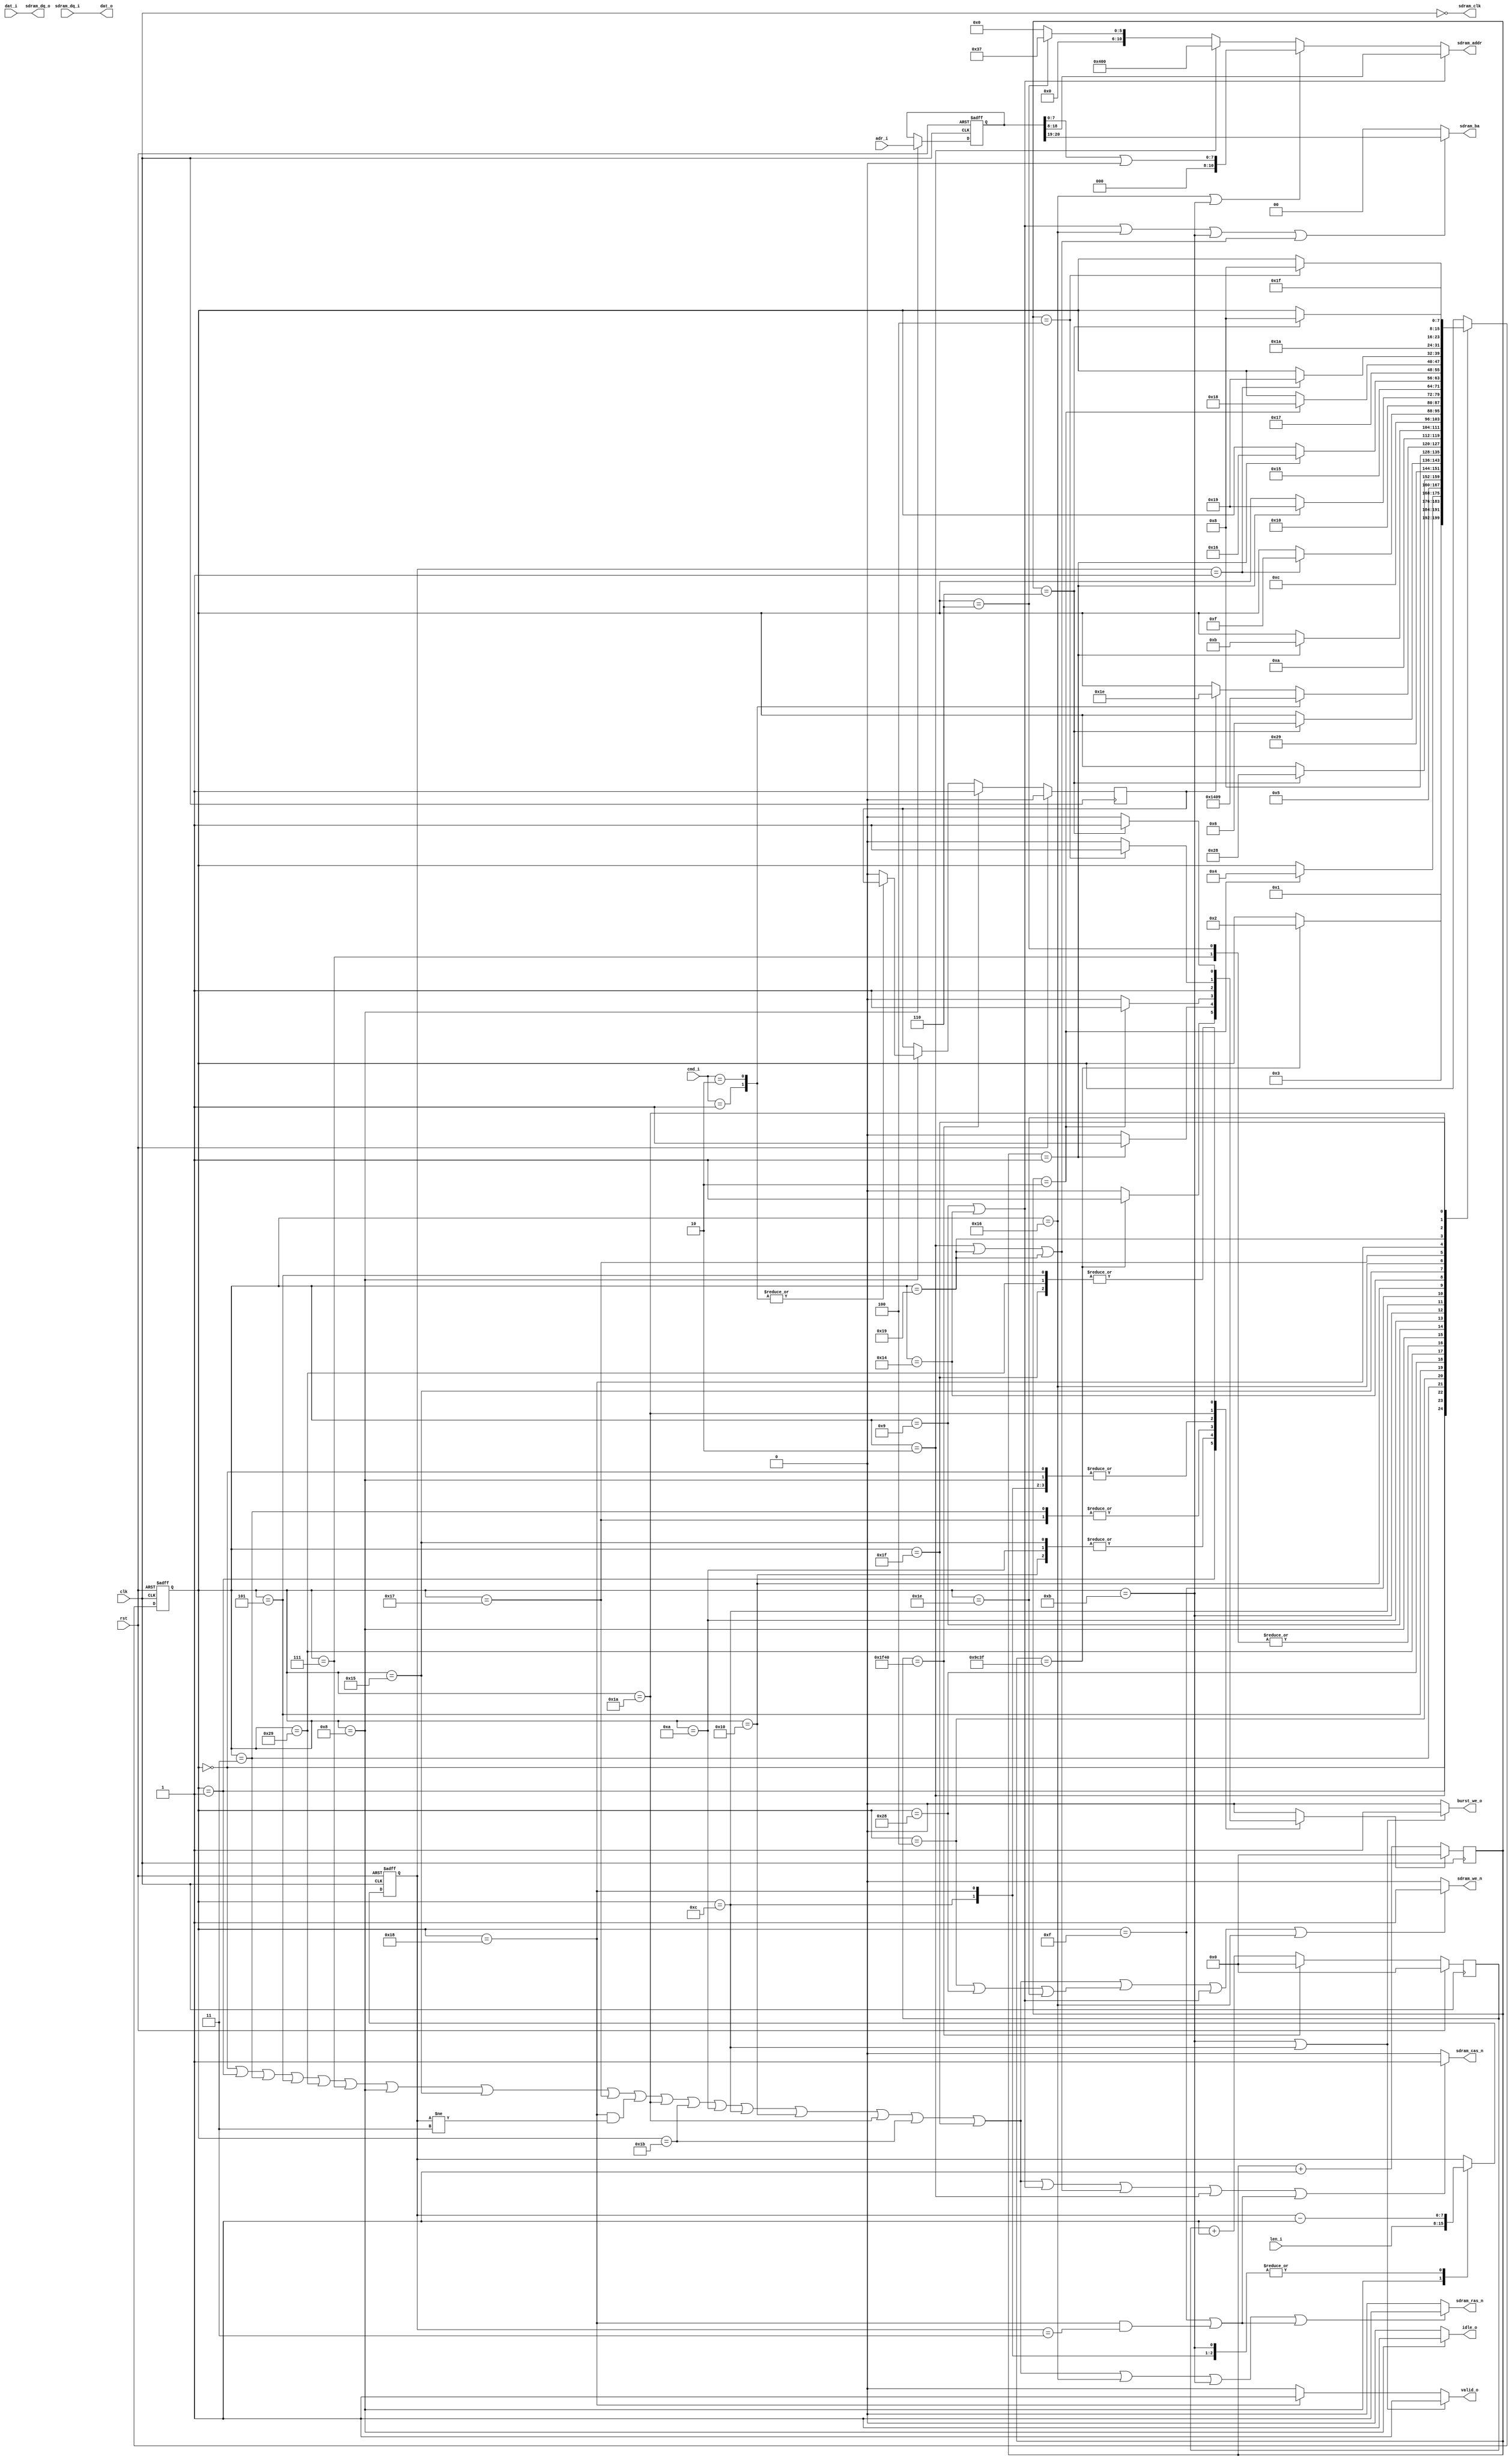
/*
 * sdram_burst.v
 *
 * vim: ts=4 sw=4
 *
 * Copyright (C) 2020  Chris Conradie <zl2cco@gmail.com>
 * All rights reserved.
 *
 * BSD 3-clause, see LICENSE.bsd
 *
 * Redistribution and use in source and binary forms, with or without
 * modification, are permitted provided that the following conditions are met:
 *     * Redistributions of source code must retain the above copyright
 *       notice, this list of conditions and the following disclaimer.
 *     * Redistributions in binary form must reproduce the above copyright
 *       notice, this list of conditions and the following disclaimer in the
 *       documentation and/or other materials provided with the distribution.
 *     * Neither the name of the <organization> nor the
 *       names of its contributors may be used to endorse or promote products
 *       derived from this software without specific prior written permission.
 *
 * THIS SOFTWARE IS PROVIDED BY THE COPYRIGHT HOLDERS AND CONTRIBUTORS "AS IS" AND
 * ANY EXPRESS OR IMPLIED WARRANTIES, INCLUDING, BUT NOT LIMITED TO, THE IMPLIED
 * WARRANTIES OF MERCHANTABILITY AND FITNESS FOR A PARTICULAR PURPOSE ARE
 * DISCLAIMED. IN NO EVENT SHALL <COPYRIGHT HOLDER> BE LIABLE FOR ANY
 * DIRECT, INDIRECT, INCIDENTAL, SPECIAL, EXEMPLARY, OR CONSEQUENTIAL DAMAGES
 * (INCLUDING, BUT NOT LIMITED TO, PROCUREMENT OF SUBSTITUTE GOODS OR SERVICES;
 * LOSS OF USE, DATA, OR PROFITS; OR BUSINESS INTERRUPTION) HOWEVER CAUSED AND
 * ON ANY THEORY OF LIABILITY, WHETHER IN CONTRACT, STRICT LIABILITY, OR TORT
 * (INCLUDING NEGLIGENCE OR OTHERWISE) ARISING IN ANY WAY OUT OF THE USE OF THIS
 * SOFTWARE, EVEN IF ADVISED OF THE POSSIBILITY OF SUCH DAMAGE.
 */

`default_nettype none

module sdram_burst #(
	parameter integer ADDR_WIDTH = 21,	/* Word address, 2 Mwords, [20:19] - bank address, [18:8] - row address, [7:0] - column address */
	parameter integer DATA_WIDTH = 32,
	parameter integer BLEN_WIDTH = 8,	// Burst length (number of words, 32-bits) to read or write
	parameter integer CMD_WIDTH  = 2,   // Commands are 0 - do nothing, 
										//				1 - burst read 240 (480 16-bits half words) columns from row address, 
										//				2 - burst write 240 (480 16-bits half words) columns to row address

	// auto
	parameter integer AL = ADDR_WIDTH - 1,
	parameter integer DL = DATA_WIDTH - 1,
	parameter integer BL = BLEN_WIDTH - 1,
	parameter integer CL = CMD_WIDTH  - 1
)(
	// Buffer interface - to load line buffer for display; to update row in frame buffer (SDRAM memory block) from the write buffer
	input  wire [CL:0] cmd_i,

	input  wire [AL:0] adr_i,			// Word address, 2 Mwords, [20:19] - bank address, [18:8] - row address, [7:0] - column address
	input  wire [BL:0] len_i,			// Number of words to load during burst
	input  wire [DL:0] dat_i,
	output wire [DL:0] dat_o,

	output wire        idle_o,			// Indicates SDRAM controller is in idle state when 1'b1
	output wire        valid_o,			// Indicates data is valid on dat_o; or dat_i. valid_o goes 1'b1 when first dat_i data is read (or first dat_o data is available)
										// and stays valid until len_i words have been processed
	output wire 	   burst_we_o,

	// SDRAM signals
	input  wire [DL:0] sdram_dq_i,
	output wire [DL:0] sdram_dq_o,
	output wire [10:0] sdram_addr,
	output wire [1:0]  sdram_ba,

	output wire        sdram_we_n,
	output wire        sdram_cas_n,
	output wire        sdram_ras_n,
	output wire        sdram_clk,

	// Common
	input  wire clk,
	input  wire rst
);

	// Constants
	// ---------
	localparam integer COUNTER_WIDTH = 22;
	localparam integer CW = COUNTER_WIDTH - 1;


`ifdef SIM
	localparam [CW:0]  CC_STARTUP_DELAY = 22'd5;
	localparam [CW:0]  REFRESH_PERIOD_CYCLES = 22'd8000;
`else
	localparam [CW:0]  CC_STARTUP_DELAY = 22'd40000;			// wait for a minimum of 200us, make this 400us
	localparam [CW:0]  REFRESH_PERIOD_CYCLES = 22'd8000; 		// tREF(max)=32ms, we used 16ms
`endif

	localparam [10:0] MODE_ADDR = 11'b00000110111;	// 00000 011 0 111
													//        |  |  |
													//        |  |  BURST LENGTH = FULL PAGE
													//		  |  WRAP TYPE = Sequential
													//        LATENCY = 3
	localparam		  MODE_BA = 2'b00;


	localparam [7:0]
		ST_START = 0,
		ST_START_WAIT_STARTUP = 1,
		ST_START_ISSUE_PRE_CHARGE = 2,
		ST_START_WAIT_PRE_CHARGE = 3,
		ST_START_ISSUE_AUTO_REFRESH = 4,
		ST_START_WAIT_AUTO_REFRESH = 5,
		ST_START_ISSUE_AUTO_REFRESH2 = 40,
		ST_START_WAIT_AUTO_REFRESH2 = 41,
		ST_START_ISSUE_SET_MODE_REG = 6,
		ST_START_WAIT_SET_MODE_REG = 7,

		ST_IDLE = 8,

		// burst write 240 (480 16-bits half words) columns to row address
		ST_WRITE_ISSUE_OPEN_ROW=9,					// Activate command		
		ST_WRITE_WAIT_OPEN_ROW=10,					// Wait for tRCD(min)=18ns (2 clock cycles for 100MHz clock)
		ST_WRITE_ISSUE_WRITE=11,					// Write without Auto Precharge (A10=1'b0)
		ST_WRITE_WAIT_WRITE=12,						// Wait for len_i writes to complete; stop write burst when last data is written
		ST_WRITE_ISSUE_PRECHARGE=13,
		ST_WRITE_WAIT_PRECHARGE=14,
		ST_WRITE_TERM_BURST=15,
		ST_WRITE_RECOVERY=16,

		// burst read 240 (480 16-bits half words) columns from row address, 
		ST_READ_ISSUE_OPEN_ROW=20,
		ST_READ_WAIT_OPEN_ROW=21,
		ST_READ_ISSUE_READ=22,
		ST_READ_WAIT_READ=23,
		ST_READ_LATCH_DATA=24,

		ST_ISSUE_PRECHARGE=25,
		ST_WAIT_PRECHARGE=26,
		ST_WAIT_EOSTB=27,

		ST_ISSUE_AUTO_REFRESH=30,
		ST_WAIT_AUTO_REFRESH=31;



	// Signals
	// -------

	// Control
	reg  [7:0]  ctrl_state;
	reg  [7:0]  ctrl_state_nxt;

	reg  [DL:0] rdata, rdata_nxt;
//	reg  [DL:0] wdata, wdata_nxt;
	reg  [AL:0] address, address_nxt;

	reg  [BL:0] len, len_nxt;

	wire [7:0]  ca;
	wire [10:0] ra;
	wire        a10;
	wire [1:0]  ba;

	wire 		cmd_nop;
	wire        cmd_auto_refresh;
	wire        cmd_open_row;
	wire        cmd_read;
	wire        cmd_write;
	wire        cmd_precharge;
	wire        cmd_precharge_both;
	wire 		cmd_set_mode_reg;
	wire        cmd_term_burst;

	// Status
	wire        status_burst_write;

	// Counter
	reg  [CW:0] counter;
	reg  [CW:0] refresh_counter;
	reg         counter_rst;

	reg         refresh, refresh_nxt;

	// Control
	// -------

	// Counter register
	always @(posedge clk) 
		if (counter_rst) 
			counter <= 0;
		else
			counter <= counter + 1;


	// Refresh Counter register
	always @(posedge clk) 
		if (rst) begin
			refresh_counter <= 0;
			refresh <= 0;
		end
		else if (refresh_counter == REFRESH_PERIOD_CYCLES) begin
			refresh_counter <= 0;
			refresh <= 1;		
		end
		else begin
			refresh_counter <= refresh_counter + 1;
			refresh <= refresh_nxt;		
		end

	// FSM state register
	always @(posedge clk or posedge rst)
		if (rst) 
			ctrl_state <= ST_START;
		else
			ctrl_state <= ctrl_state_nxt;

	// Address and data register
	always @(posedge clk or posedge rst)
		if (rst) begin
			address <= 21'd0;
			rdata   <= 32'd0;
//			wdata   <= 32'd0;
			len     <=  8'd0;
		end
		else begin
			address <= address_nxt;
			rdata   <= rdata_nxt;			
//			wdata   <= wdata_nxt;			
			len     <= len_nxt;
		end

	// FSM next-state logic
	always @(*)
	begin
		// Default is not to move
		ctrl_state_nxt = ctrl_state;
		address_nxt    = address;
		rdata_nxt      = rdata;
//		wdata_nxt      = wdata;
		counter_rst    = 0;
		refresh_nxt    = refresh;
		len_nxt        = len;

		// State change logic
		case (ctrl_state)

			// Startup
			//--------
			ST_START: begin
				ctrl_state_nxt = ST_START_WAIT_STARTUP;
				counter_rst = 1;
			end
			ST_START_WAIT_STARTUP:
				if (counter == (CC_STARTUP_DELAY-1)) begin
					counter_rst = 1;
					ctrl_state_nxt = ST_START_ISSUE_PRE_CHARGE;
				end
			ST_START_ISSUE_PRE_CHARGE:
				ctrl_state_nxt = ST_START_WAIT_PRE_CHARGE;

			ST_START_WAIT_PRE_CHARGE:
				if (counter == 2) begin
					counter_rst = 1;
					ctrl_state_nxt = ST_START_ISSUE_AUTO_REFRESH;
				end
			ST_START_ISSUE_AUTO_REFRESH:
				ctrl_state_nxt = ST_START_WAIT_AUTO_REFRESH;
			ST_START_WAIT_AUTO_REFRESH:
				if (counter == (7-1)) begin
					counter_rst = 1;
					ctrl_state_nxt = ST_START_ISSUE_AUTO_REFRESH2;
				end
			ST_START_ISSUE_AUTO_REFRESH2:
				ctrl_state_nxt = ST_START_WAIT_AUTO_REFRESH2;
			ST_START_WAIT_AUTO_REFRESH2:
				if (counter == (7-1)) begin
					counter_rst = 1;
					ctrl_state_nxt = ST_START_ISSUE_SET_MODE_REG;
				end
			ST_START_ISSUE_SET_MODE_REG:
				ctrl_state_nxt = ST_IDLE;
			ST_START_WAIT_SET_MODE_REG:     // TODO: REMOVE
				ctrl_state_nxt = ST_IDLE;


			// IDLE, WAIT FOR NEXT BUS CYCLE
			//------------------------------
			ST_IDLE: begin
				counter_rst = 1'd1;
				address_nxt = adr_i;
//				wdata_nxt   = dat_i;
				len_nxt     = len_i;

				case (cmd_i)
					2'd1: begin										// burst read 240 (480 16-bits half words) columns from row address, 
						ctrl_state_nxt = ST_READ_ISSUE_OPEN_ROW;
					end
					2'd2: begin										// burst write 240 (480 16-bits half words) columns to row address
						ctrl_state_nxt = ST_WRITE_ISSUE_OPEN_ROW;
					end
					default: begin
						if (refresh) begin
							counter_rst = 1;
							refresh_nxt = 0;
							ctrl_state_nxt = ST_ISSUE_AUTO_REFRESH;
						end
					end
				endcase
			end

				//TODO: AUTO REFRESH process

			// WRITE
			//------
			ST_WRITE_ISSUE_OPEN_ROW: begin
				ctrl_state_nxt = ST_WRITE_WAIT_OPEN_ROW;
				counter_rst = 1'd1;
			end
			ST_WRITE_WAIT_OPEN_ROW:
				if (counter == 1) begin
					counter_rst = 1'd1;
//					wdata_nxt   = dat_i;
					ctrl_state_nxt = ST_WRITE_ISSUE_WRITE;
				end
			ST_WRITE_ISSUE_WRITE: begin
				ctrl_state_nxt = ST_WRITE_WAIT_WRITE;
//				wdata_nxt   = dat_i;
				len_nxt        = len - 1;
			end
			ST_WRITE_WAIT_WRITE: begin
				counter_rst    = 1'd1;
//				wdata_nxt   = dat_i;
				len_nxt        = len - 1;
				if (len == 1)
					ctrl_state_nxt = ST_WRITE_TERM_BURST;				
			end
			ST_WRITE_TERM_BURST: begin
				counter_rst    = 1'd1;
				ctrl_state_nxt = ST_WRITE_RECOVERY;				
			end
			ST_WRITE_RECOVERY: begin
				if (counter == 1) begin
					counter_rst = 1;
					ctrl_state_nxt = ST_ISSUE_PRECHARGE;
				end
			end

			// READ
			//-----
			ST_READ_ISSUE_OPEN_ROW: begin
				ctrl_state_nxt = ST_READ_WAIT_OPEN_ROW;
				counter_rst = 1;
			end
			ST_READ_WAIT_OPEN_ROW:
//				if (counter == 4) begin
				if (counter == 1) begin
					counter_rst = 1;
					ctrl_state_nxt = ST_READ_ISSUE_READ;
				end
			ST_READ_ISSUE_READ:
				ctrl_state_nxt = ST_READ_WAIT_READ;
			ST_READ_WAIT_READ:
				if (counter == 2) begin 
					counter_rst = 1;
					ctrl_state_nxt = ST_READ_LATCH_DATA;
				end
			ST_READ_LATCH_DATA: begin
				rdata_nxt   = sdram_dq_i;
				counter_rst = 1'd1;	
				len_nxt     = len - 1;
				if (len == 1)
					ctrl_state_nxt = ST_ISSUE_PRECHARGE;				
			end

			// PRECHARGE
			//==========
			ST_ISSUE_PRECHARGE:
				ctrl_state_nxt = ST_WAIT_PRECHARGE;
			ST_WAIT_PRECHARGE:
				if (counter == 4) begin
					counter_rst = 1;
					ctrl_state_nxt = ST_IDLE;
				end

			// AUTO REFRESH
			//-------------
			ST_ISSUE_AUTO_REFRESH:
				ctrl_state_nxt = ST_WAIT_AUTO_REFRESH;
			ST_WAIT_AUTO_REFRESH:
				if (counter == 6) begin
					counter_rst = 1;
					ctrl_state_nxt = ST_IDLE;
				end
		endcase
	end


//====================================================================
//FIXME: 
//	FIXED 1. RAS|CAS|WE low means mode reg, change to NOP when waiting
//====================================================================

	// State conditions
	// assign ctrl_bus_mode = ctrl_state == ST_BUS_MODE;
	assign cmd_nop           =   (ctrl_state == ST_START)
	                           ||(ctrl_state == ST_START_WAIT_STARTUP)
	                           ||(ctrl_state == ST_START_WAIT_PRE_CHARGE)
	                           ||(ctrl_state == ST_START_WAIT_AUTO_REFRESH)
	                           ||(ctrl_state == ST_START_WAIT_AUTO_REFRESH2)
	                           ||(ctrl_state == ST_START_WAIT_SET_MODE_REG)

	                           ||(ctrl_state == ST_IDLE)

	                           ||(ctrl_state == ST_READ_WAIT_OPEN_ROW)
	                           ||(ctrl_state == ST_READ_WAIT_READ)
	                           ||( (ctrl_state == ST_READ_LATCH_DATA) && (len != 3) )
	                           ||(ctrl_state == ST_WAIT_PRECHARGE)
	                           ||(ctrl_state == ST_WAIT_EOSTB)

	                           ||(ctrl_state == ST_WRITE_WAIT_OPEN_ROW)
	                           ||(ctrl_state == ST_WRITE_WAIT_WRITE)
	                           ||(ctrl_state == ST_WRITE_RECOVERY)
	                           ||(ctrl_state == ST_WAIT_PRECHARGE)
	                           ||(ctrl_state == ST_WAIT_EOSTB)

	                           ||(ctrl_state == ST_WAIT_AUTO_REFRESH);
	
	assign cmd_auto_refresh  =   (ctrl_state == ST_START_ISSUE_AUTO_REFRESH)
	                           ||(ctrl_state == ST_START_ISSUE_AUTO_REFRESH2)
	                           ||(ctrl_state == ST_ISSUE_AUTO_REFRESH);
	
	assign cmd_open_row      =   (ctrl_state == ST_WRITE_ISSUE_OPEN_ROW)
	                           ||(ctrl_state == ST_READ_ISSUE_OPEN_ROW);
	
	assign cmd_read          =   (ctrl_state == ST_READ_ISSUE_READ);
	
	assign cmd_write         =   (ctrl_state == ST_WRITE_ISSUE_WRITE);

	assign cmd_precharge     =   (ctrl_state == ST_START_ISSUE_PRE_CHARGE)
	                           ||(ctrl_state == ST_ISSUE_PRECHARGE)
	                           ||(ctrl_state == ST_ISSUE_PRECHARGE);

	assign cmd_precharge_both=   (ctrl_state == ST_START_ISSUE_PRE_CHARGE);

	assign cmd_set_mode_reg  =   (ctrl_state == ST_START_ISSUE_SET_MODE_REG);

	assign cmd_term_burst    =   (ctrl_state == ST_WRITE_TERM_BURST)
							   ||( (ctrl_state == ST_READ_LATCH_DATA) && (len == 3) );


	assign status_burst_write= ((ctrl_state == ST_WRITE_ISSUE_WRITE) || (ctrl_state == ST_WRITE_WAIT_WRITE)) ? 1 : 0;
	assign burst_we_o        = status_burst_write;
	assign idle_o            =  (ctrl_state == ST_IDLE) ? 1 : 0;
	assign valid_o           = ((ctrl_state == ST_WRITE_ISSUE_WRITE) || (ctrl_state == ST_WRITE_WAIT_WRITE)) ? 1 : 
							   ((ctrl_state == ST_READ_LATCH_DATA)) ? 1 : 0;

	// Memory interface
	// ----------------

	// Issue commands

	assign sdram_we_n  = (cmd_nop || cmd_auto_refresh || cmd_open_row || cmd_read) 
							? 1 : 0;

	assign sdram_cas_n = (cmd_nop || cmd_open_row || cmd_precharge || cmd_precharge_both || cmd_term_burst) 
							? 1 : 0;

	assign sdram_ras_n = (cmd_nop || cmd_read || cmd_write || cmd_term_burst) 
							? 1 : 0;


	// Clock

	assign sdram_clk   = ~clk;


	// Set address and data lines, capture data

	assign sdram_dq_o  = dat_i;
//	assign sdram_dq_o  = wdata;

	assign sdram_addr  = (cmd_open_row)          ? ra 
	                    :(cmd_read || cmd_write) ? (ca | 11'b00000000000)  
	                    :(cmd_precharge_both)    ? 11'b10000000000 
	                    :(cmd_set_mode_reg)      ? MODE_ADDR
	                    : 0 ;

	assign sdram_ba    = (cmd_open_row || cmd_read || cmd_write || cmd_precharge) ? ba 
	                    :(cmd_set_mode_reg) ? MODE_BA
	                    : 0;


	// Decode address

	assign ca = address[7:0];
	assign ra = address[18:8];
	assign ba = address[20:19];
	assign a10= sdram_addr[10];




	// Misc interface
	// ----------------

//	assign dat_o       = rdata;
	assign dat_o       = sdram_dq_i;

endmodule